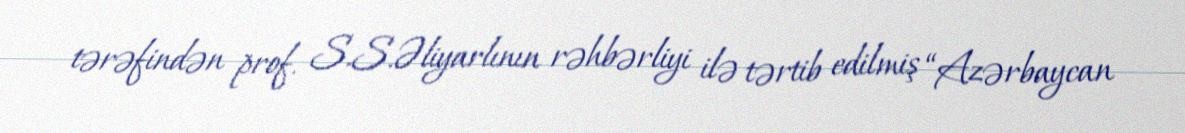
tərəfindən prof. S.S.Əliyarlının rəhbərliyi ilə tərtib edilmiş “Azərbaycan